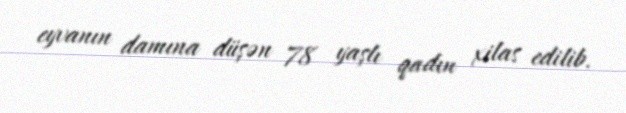
eyvanın damına düşən 78 yaşlı qadın xilas edilib.